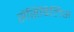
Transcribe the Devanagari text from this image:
सेंसिबिलिस